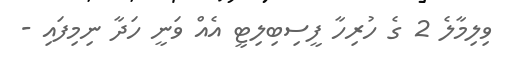
ވިލިމާލެ 2 ގެ ހުރިހާ ފީސިބިލިޓީ އެއް ވަނީ ހަދާ ނިމިފައި -